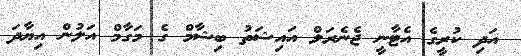
އަދި ކުރީގެ އެޓާނީ ޖެނެރަލް އައިޝަތު ބިޝާމް ގެ މަގާމް އަލުން އިޔާދަ